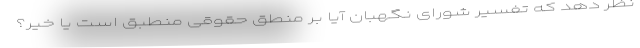
نظر دهد که تفسیر شورای نگهبان آیا بر منطق حقوقی منطبق است یا خیر؟